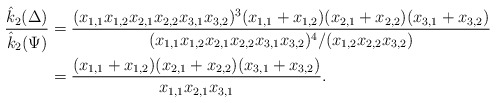
\begin{align*}\dfrac{\hat{k}_2(\Delta)}{\hat{k}_2(\Psi)}&= \dfrac{(x_{1,1}x_{1,2}x_{2,1}x_{2,2}x_{3,1}x_{3,2})^3(x_{1,1}+x_{1,2})(x_{2,1}+x_{2,2})(x_{3,1}+x_{3,2})}{(x_{1,1}x_{1,2}x_{2,1}x_{2,2}x_{3,1}x_{3,2})^4/(x_{1,2}x_{2,2}x_{3,2})}\\&= \dfrac{(x_{1,1}+x_{1,2})(x_{2,1}+x_{2,2})(x_{3,1}+x_{3,2})}{x_{1,1}x_{2,1}x_{3,1}}.\end{align*}